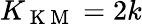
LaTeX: K_{\mathrm{~K~M~}}=2k